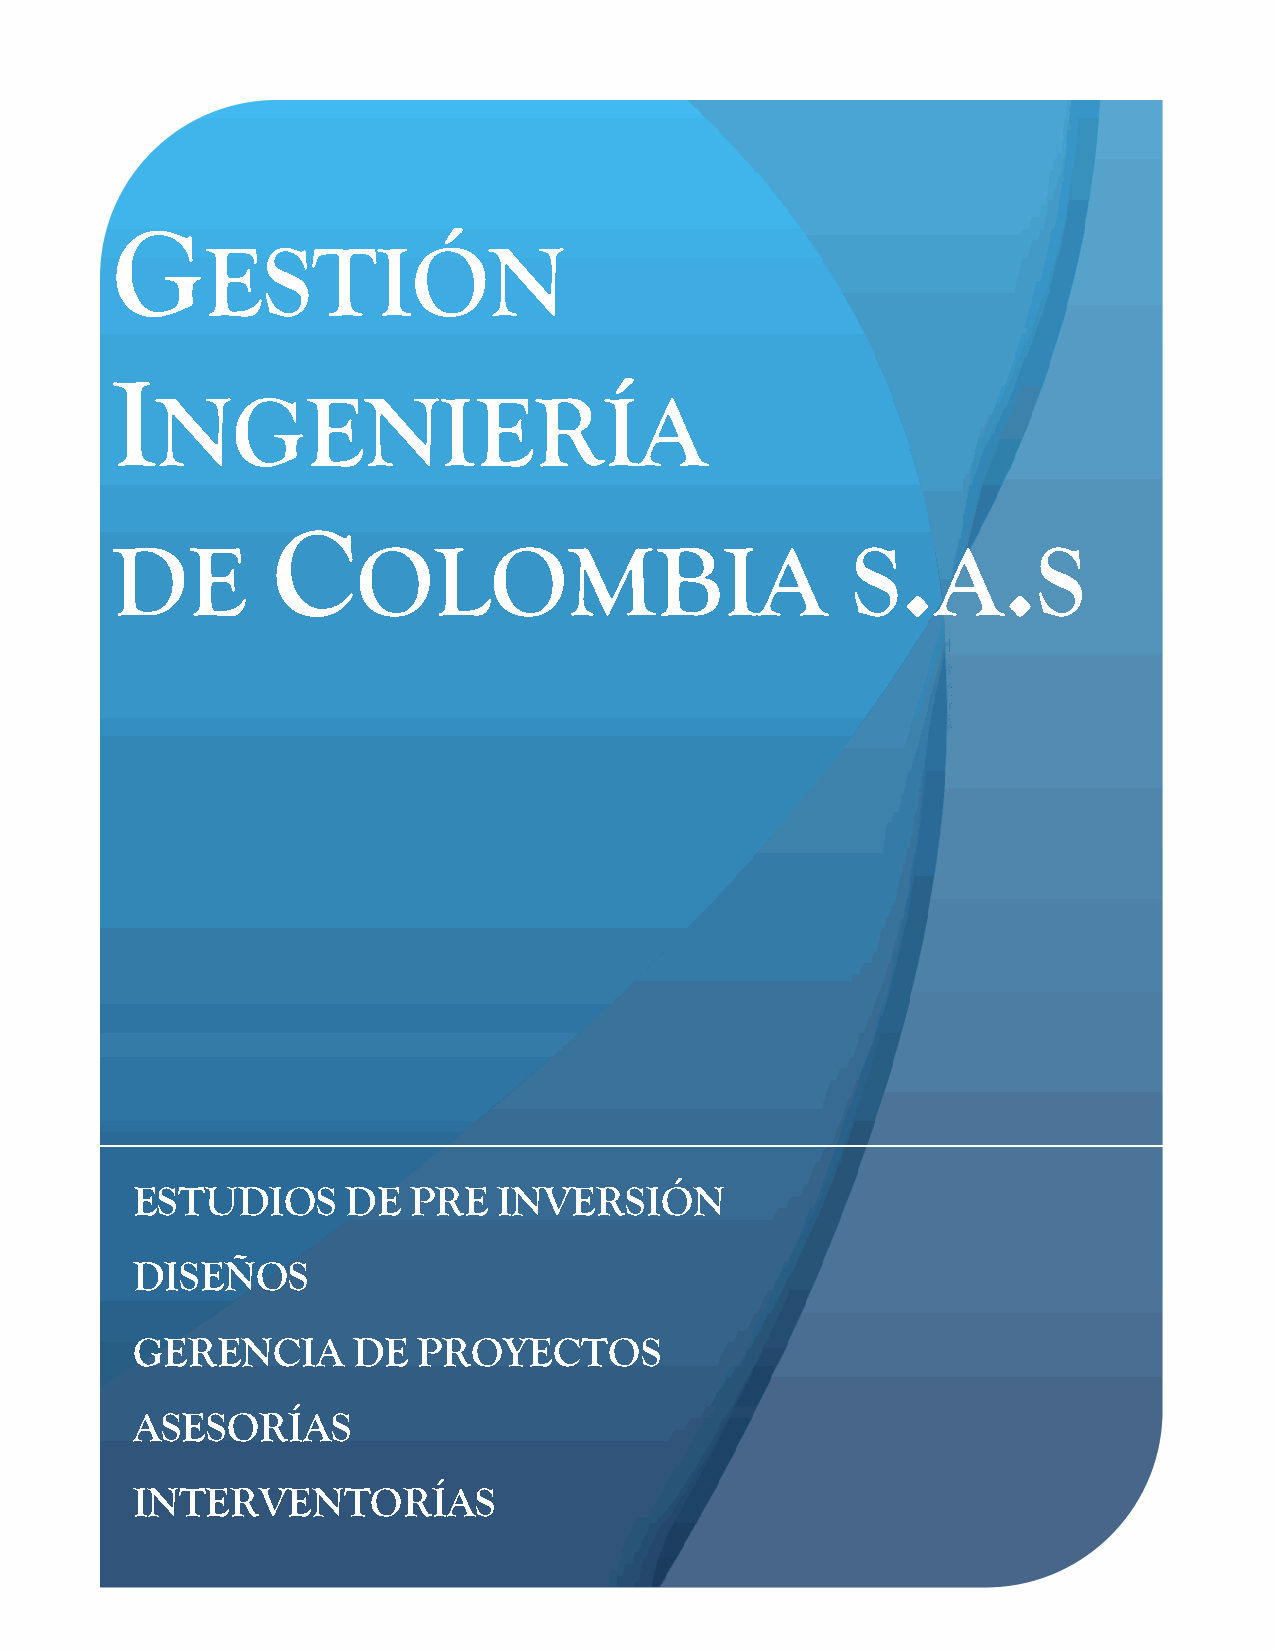
G
 ESTIÓN
 I
 NGENIERÍA
 C                                         .     .
 DE               OLOMBIA                         S     A      S
 ESTUDIOS      DE  PRE   INVERSIÓN
 DISEÑOS
 GERENCIA      DE   PROYECTOS
 ASESORÍAS
 INTERVENTORÍAS